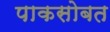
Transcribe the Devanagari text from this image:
पाकसोबत